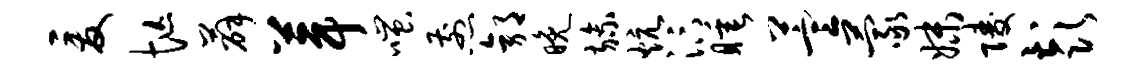
爰忙薛葺嗤煎郭晚旒炕汴睡萱蒙妹陵彭